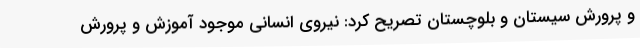
و پرورش سیستان و بلوچستان تصریح کرد: نیروی انسانی موجود آموزش و پرورش